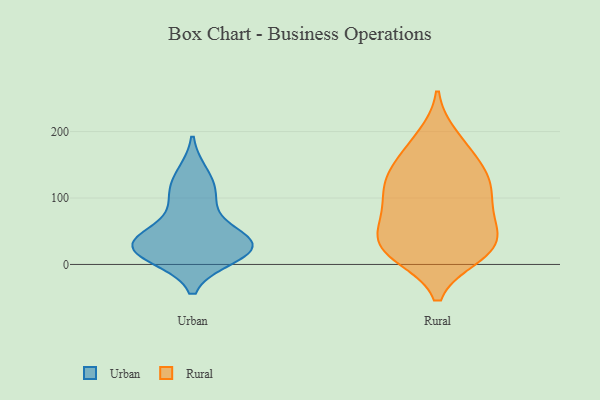
{"axis": {"x": "Customer Acquisition Cost (USD)", "y": "Value"}, "legend": ["Rural", "Urban"], "data": [{"x": "", "y": 34, "type": "Urban"}, {"x": "", "y": 110, "type": "Urban"}, {"x": "", "y": 36, "type": "Urban"}, {"x": "", "y": 13, "type": "Urban"}, {"x": "", "y": 92, "type": "Urban"}, {"x": "", "y": 27, "type": "Urban"}, {"x": "", "y": 21, "type": "Urban"}, {"x": "", "y": 27, "type": "Urban"}, {"x": "", "y": 33, "type": "Urban"}, {"x": "", "y": 135, "type": "Urban"}, {"x": "", "y": 38, "type": "Rural"}, {"x": "", "y": 123, "type": "Rural"}, {"x": "", "y": 192, "type": "Rural"}, {"x": "", "y": 95, "type": "Rural"}, {"x": "", "y": 86, "type": "Rural"}, {"x": "", "y": 23, "type": "Rural"}, {"x": "", "y": 24, "type": "Rural"}, {"x": "", "y": 182, "type": "Rural"}, {"x": "", "y": 132, "type": "Rural"}, {"x": "", "y": 122, "type": "Rural"}, {"x": "", "y": 14, "type": "Rural"}, {"x": "", "y": 20, "type": "Rural"}, {"x": "", "y": 150, "type": "Rural"}, {"x": "", "y": 62, "type": "Rural"}, {"x": "", "y": 19, "type": "Rural"}, {"x": "", "y": 107, "type": "Rural"}, {"x": "", "y": 68, "type": "Rural"}, {"x": "", "y": 150, "type": "Rural"}, {"x": "", "y": 48, "type": "Rural"}]}